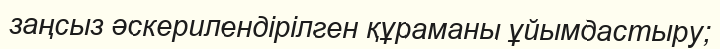
заңсыз әскерилендірілген құраманы ұйымдастыру;